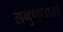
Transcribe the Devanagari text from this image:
सगुणधारा